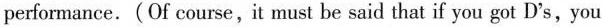
performance. (Of course,it must be said that if you got D's,you